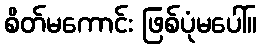
စိတ်မကောင်း ဖြစ်ပုံမပေါ်။